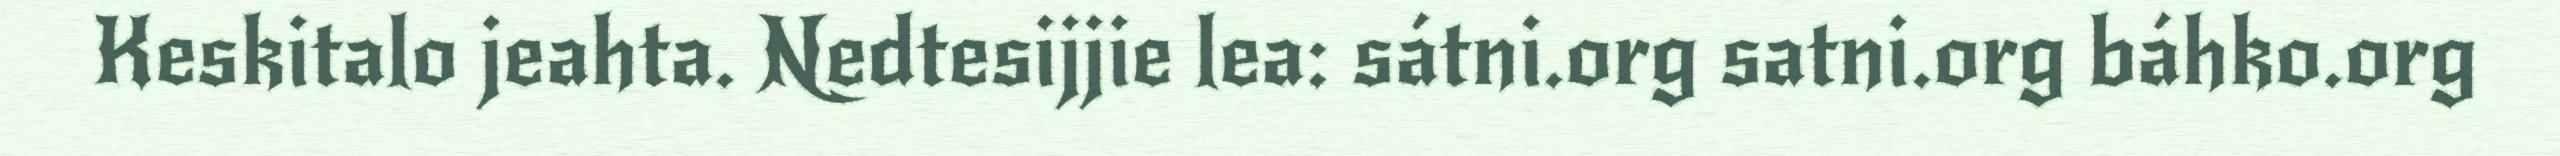
Keskitalo jeahta. Nedtesijjie lea: sátni.org satni.org báhko.org